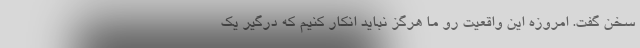
سخن گفت. امروزه این واقعیت رو ما هرگز نباید انکار کنیم که درگیر یک